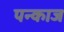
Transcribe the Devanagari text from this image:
पन्काज